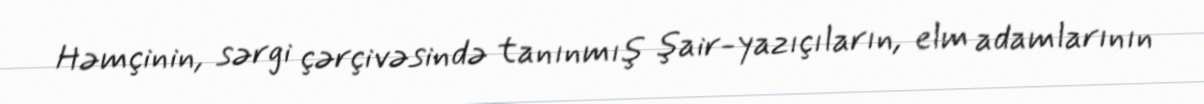
Həmçinin, sərgi çərçivəsində tanınmış şair-yazıçıların, elm adamlarının